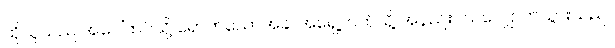
ထိုသူသည် အပေါ်ထပ်သို့ ရောက်သောအခါ အရှေ့ဘက်သို့ အနည်းငယ်လျှောက်သွားသည်။